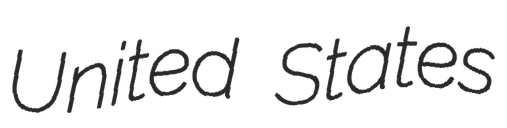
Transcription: United States